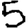
Digit: 5